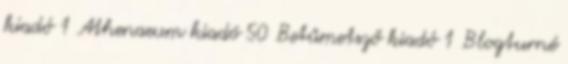
kiadó 1 Athenaeum kiadó 50 Betűmetsző kiadó 1 Blogturné